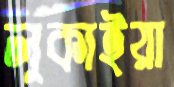
লুকাইয়া